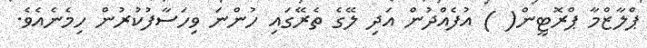
ޕްލާޒްމާ ޕްރޮޓީން( ) އުފެއްދުން އަދި ލޭގެ ތެރޭގައި ހުންނަ ވިހަސާފުކުރުން ހިމެނެއެވެ.